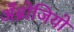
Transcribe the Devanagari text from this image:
अँब्रोजियो